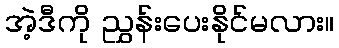
အဲ့ဒီကို ညွှန်းပေးနိုင်မလား။